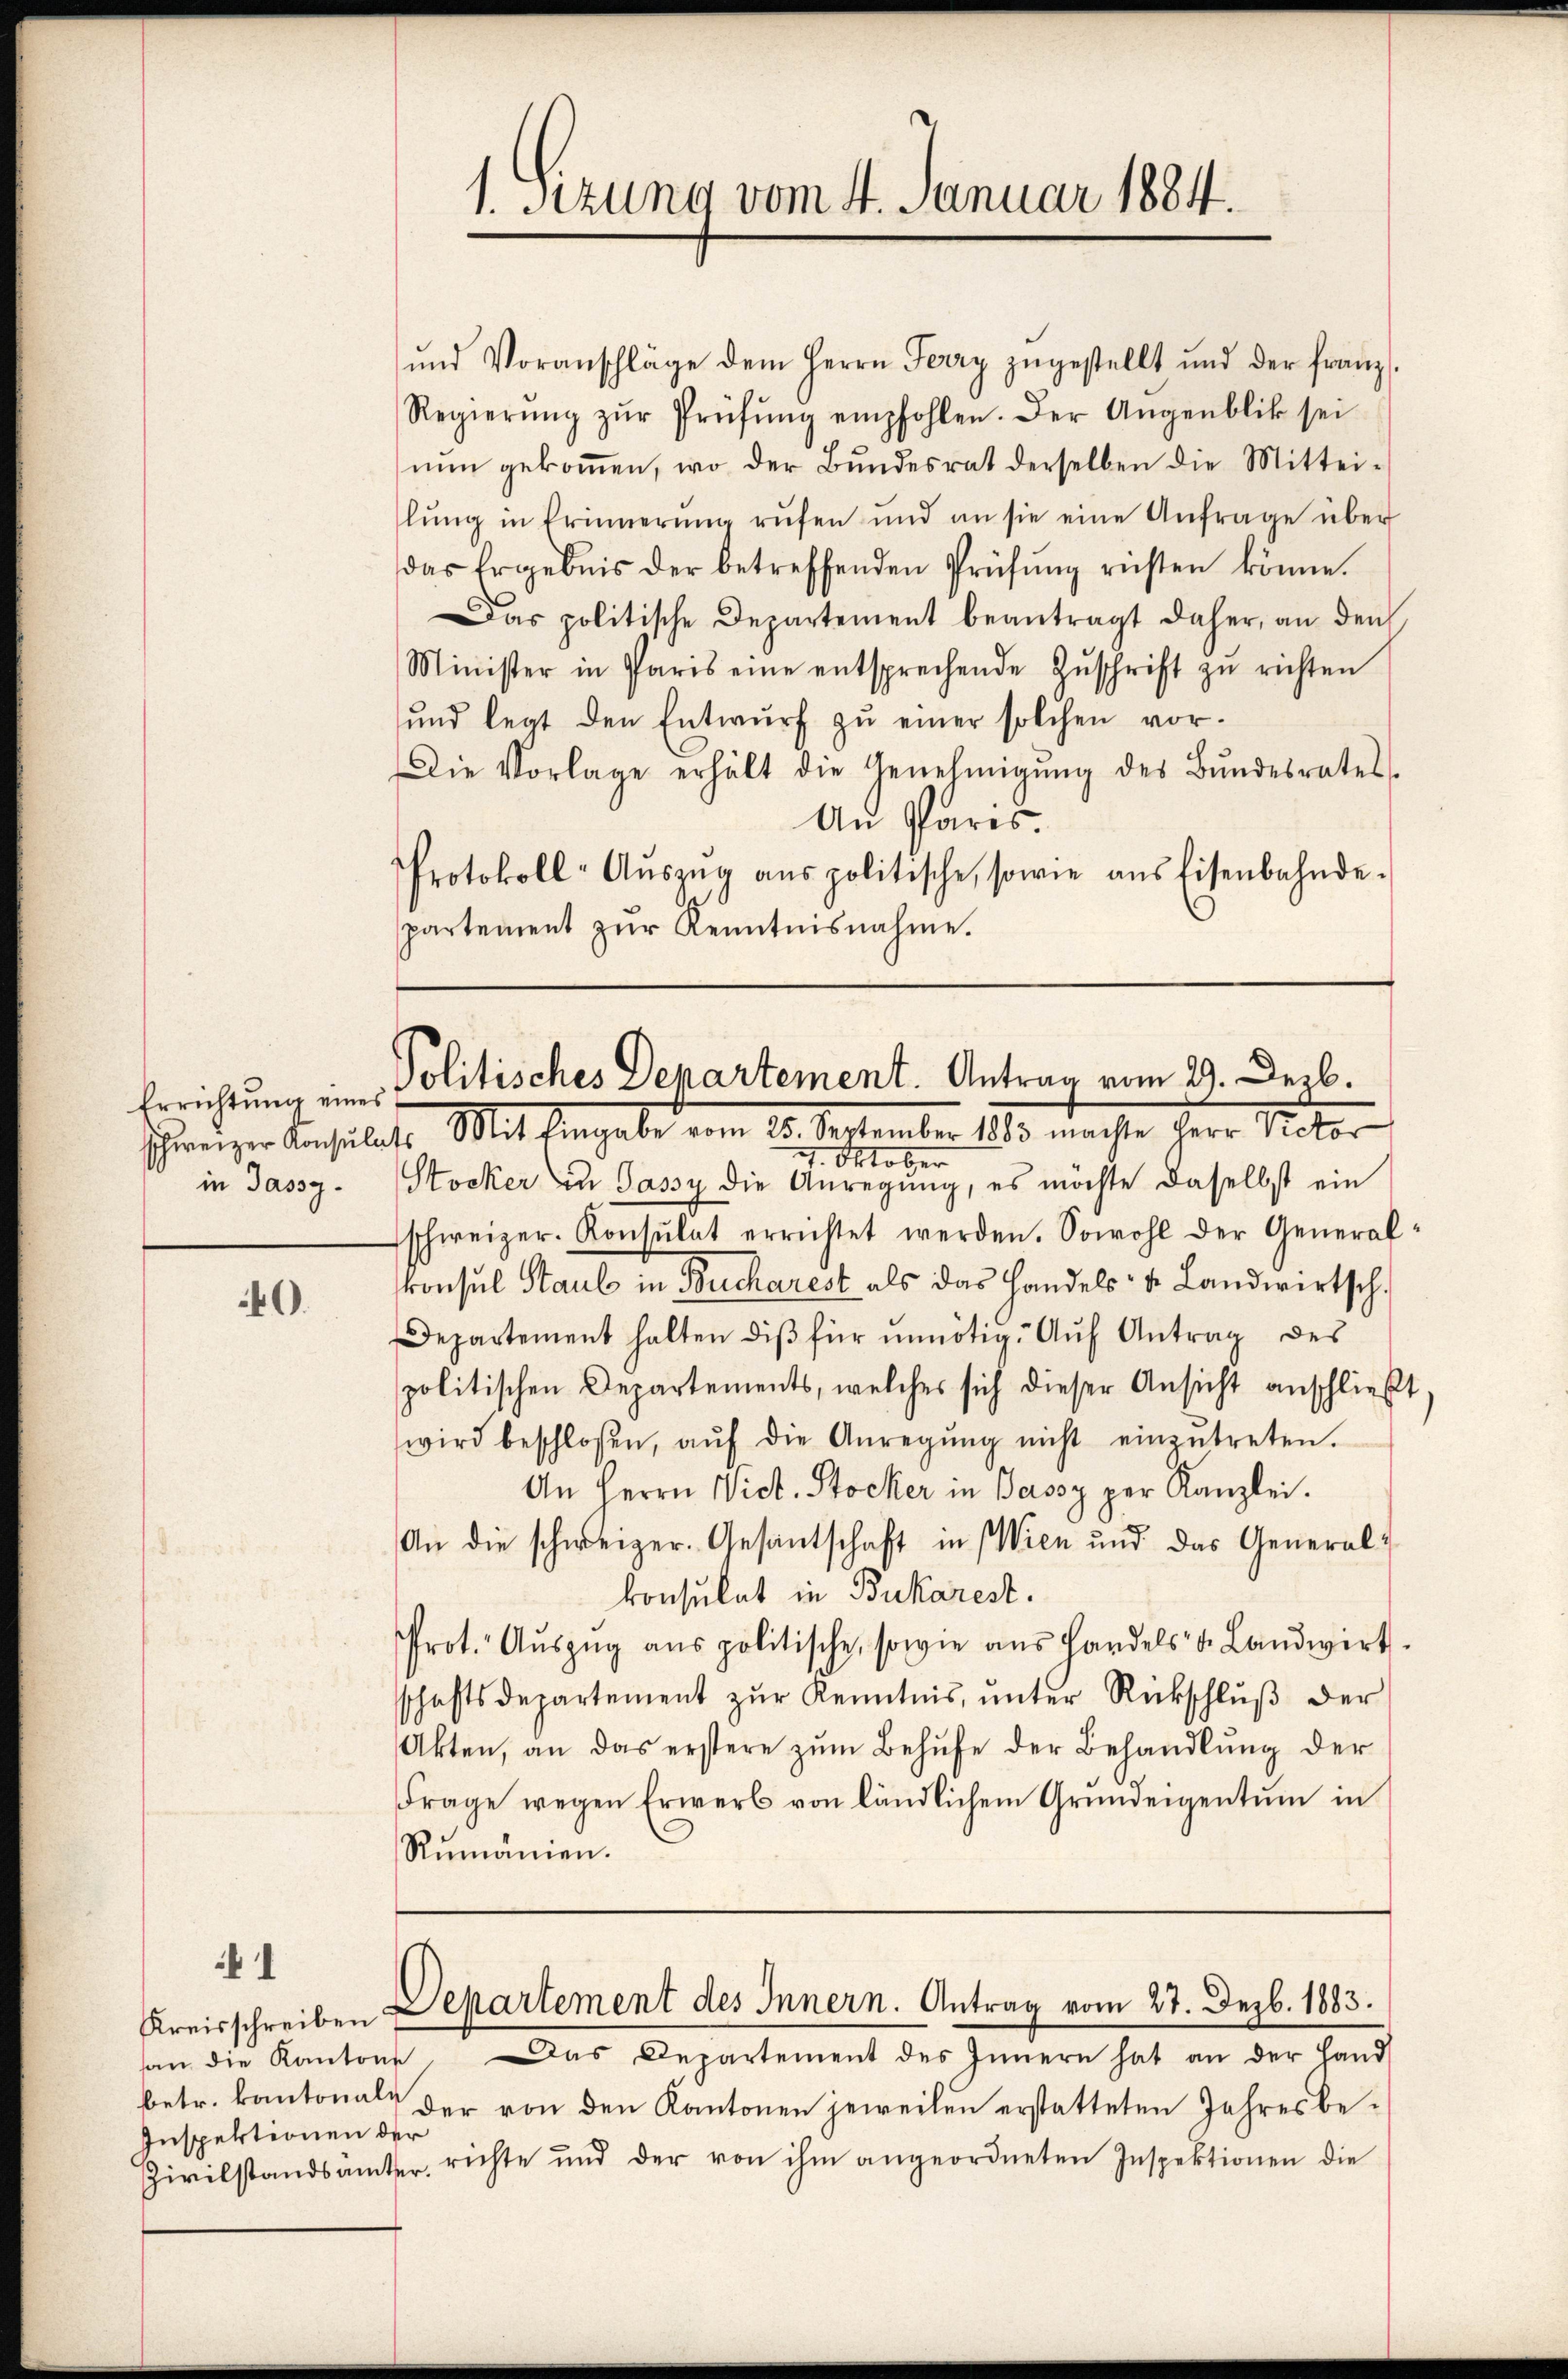
Errichtung eines

40.

1

betr. kantonale
Inspektionen der

ŭnd Voranschläge dem Herrn Ferry zŭgestellt und der franz
Regierŭng zŭr Prüfŭng empfohlen. Der Augenblik sei
nŭn gekoṁen, wo der Bŭndesrat derselben die Mittei-
lŭng in Erinnerŭng rŭfen und an sie eine Anfrage über
das Ergebnis der betreffenden Prüfŭng rüsten könne.
Das politische Departement beantragt daher, an den
Minister in Paris eine entsprechende Zŭschrift zŭ richten
ŭnd legt den Entwŭrf zŭ einer solchen vor-
Die Vorlage erhält die Genehmigŭng des Bŭndesrates
An Paris.
Protokoll-Aŭszŭg aŭs politische, sowie aŭsfisenbahnde-
partement zŭr Kenntnisnahme.

1. Sitzung vom 4. Januar 1884.

Politisches Departement. Antrag vom 29. Dezb.

schweizer Konsultat. Mit Eingabe vom 28. September 1880 machte d. Miter
7. Oktober
in Jassy-Stocker zu Jassy die Anregŭng, es möchte daselbst ein
schweizer. Konsulat errichtet werden. Sowohl der Generalkonsul Staul in Bucharest als das Handels- & Landwirtsch.
Departement halten diβ für unnötig. Aŭf Antrag des
politischen Departements, welches sich dieser Ansicht anschließt
wird beschloßen, aŭf die Anregŭng nicht einzŭtreten.
An Herrn Wick. Stocker in Bassy per Kanzlei.
An die schweizer. Gesantschaft in Wien und das General-
konsulat in Bukarest.
Prot. Aŭszŭg aŭs politische, sowie ans Handels v. Landwirt-
schaftsdepartement zŭr Kenntnis, ŭnter Rückschlŭβ der
Akten, an das erstere zŭm Behufe der Behandlŭng der
Frage wegen Erwerb von ländlichem Grundeigentum in
Rumänien.

Kreisschreiben Departement des Innern. Antrag vom 27. Dezb. 1883.

san die Kantone. Das Departement des Innern hat an der Hand
der von den Kantonen jeweilen erstatteten Jahresbe¬
Zivilstandsämter, richte und der von ihm angeordneten Inspektionen die